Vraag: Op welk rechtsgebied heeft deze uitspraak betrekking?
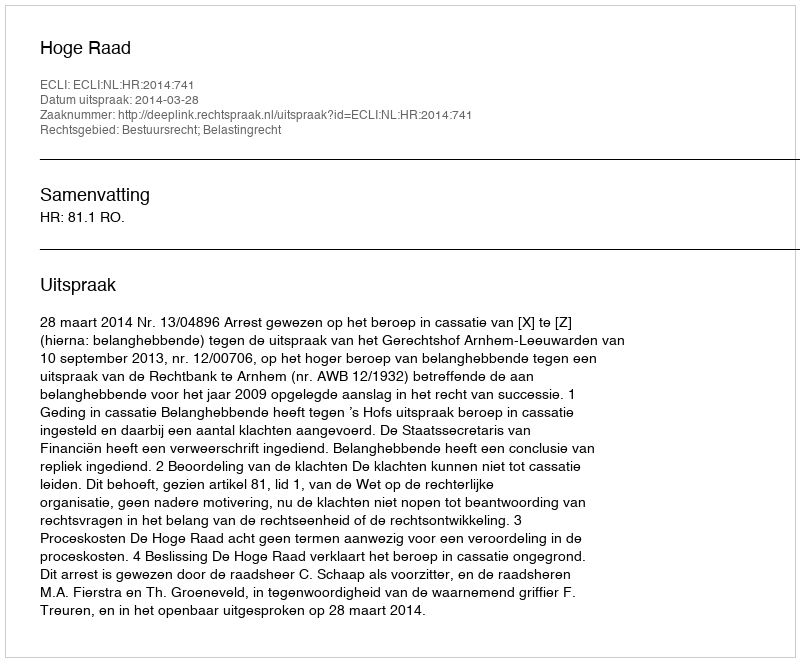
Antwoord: Bestuursrecht; Belastingrecht